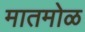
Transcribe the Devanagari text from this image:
मातमोळ